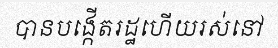
បានបង្កើតរដ្ឋហើយរស់នៅ